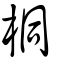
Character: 桐